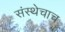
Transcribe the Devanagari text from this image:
संस्थेचाच